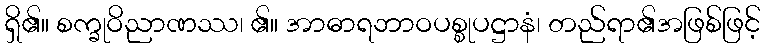
ရှိ၏။ စက္ခုဝိညာဏဿ၊ ၏။ အာဓာရဘာဝပစ္စုပဋ္ဌာနံ၊ တည်ရာ၏အဖြစ်ဖြင့်